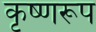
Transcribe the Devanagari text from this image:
कृष्णरूप